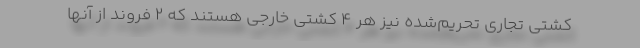
کشتی تجاری تحریم‌شده نیز هر 4 کشتی خارجی هستند که 2 فروند از آنها